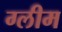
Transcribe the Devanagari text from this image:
ग्लीम